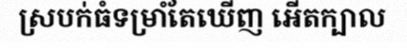
ស្របក់ធំទម្រាំតែឃើញ អើតក្បាល